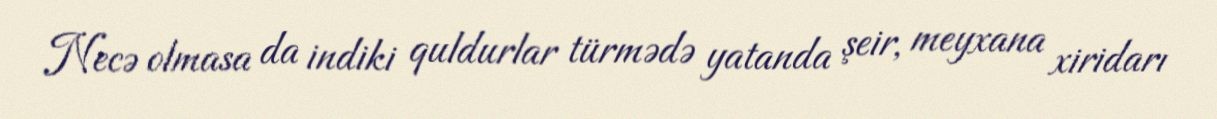
Necə olmasa da indiki quldurlar türmədə yatanda şeir, meyxana xiridarı